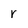
Character: r